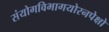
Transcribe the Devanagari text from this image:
संयोगविभागयोरनपेक्षो